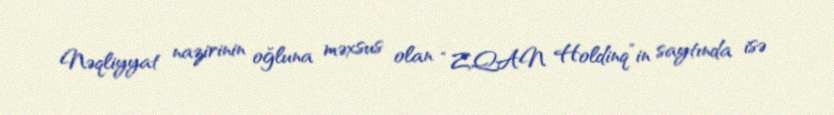
Nəqliyyat nazirinin oğluna məxsus olan “ZQAN Holdinq”in saytında isə